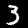
Digit: 3